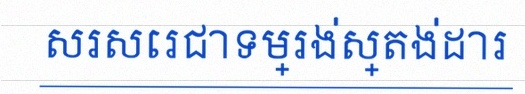
សរសេរជាទម្រង់ស្តង់ដារ